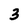
Character: 3